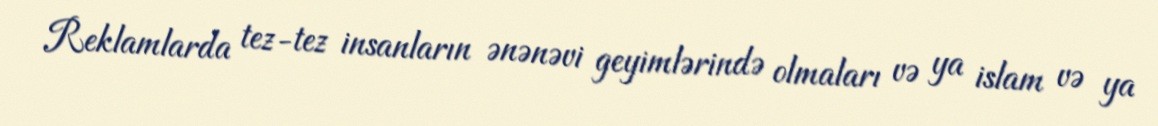
Reklamlarda tez-tez insanların ənənəvi geyimlərində olmaları və ya islam və ya